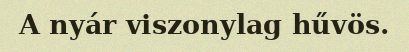
A nyár viszonylag hűvös.